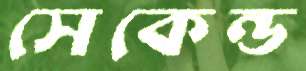
সেকেন্ড